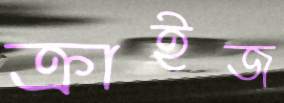
ক্রাইজ